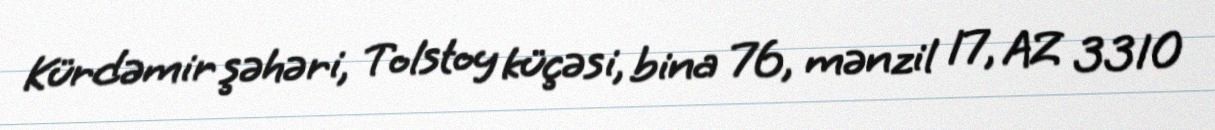
Kürdəmir şəhəri, Tolstoy küçəsi, bina 76, mənzil 17, AZ 3310